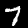
Label: 7